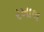
રખાલ